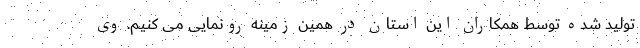
تولید شده توسط همکاران این استان در همین زمینه رونمایی می کنیم. وی